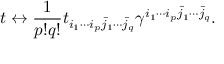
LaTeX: t \leftrightarrow \frac { 1 } { p ! q ! } t _ { i _ { 1 } \cdots i _ { p } \bar { j } _ { 1 } \cdots \bar { j } _ { q } } \gamma ^ { i _ { 1 } \cdots i _ { p } \bar { j } _ { 1 } \cdots \bar { j } _ { q } } .